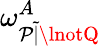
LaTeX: \omega_{\mathcal{P}{\widetilde{{|}}}\lnotQ}^{A}